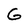
Character: G